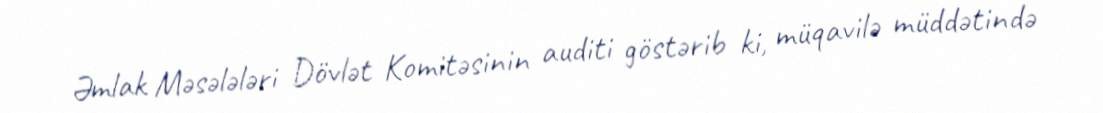
Əmlak Məsələləri Dövlət Komitəsinin auditi göstərib ki, müqavilə müddətində